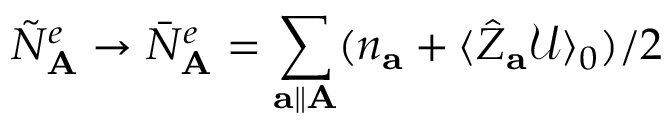
\tilde { N } _ { \mathbf { A } } ^ { e } \rightarrow \bar { N } _ { \mathbf { A } } ^ { e } = \sum _ { \mathbf { a } \parallel \mathbf { A } } ( n _ { \mathbf { a } } + \langle \hat { Z } _ { \mathbf { a } } \mathcal { U } \rangle _ { 0 } ) / 2